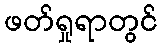
ဖတ်ရှုရာတွင်